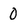
Character: 0